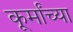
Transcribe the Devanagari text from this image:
कूर्मांच्या